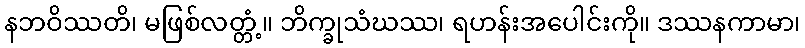
နဘဝိဿတိ၊ မဖြစ်လတ္တံ့။ ဘိက္ခုသံဃဿ၊ ရဟန်းအပေါင်းကို။ ဒဿနကာမာ၊